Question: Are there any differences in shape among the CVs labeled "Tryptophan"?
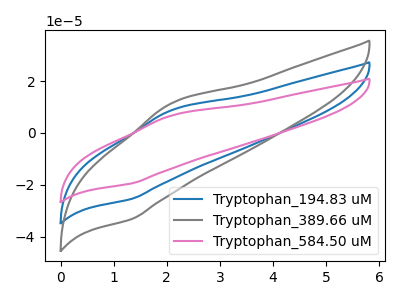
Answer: <think>The blue curve "Tryptophan_194.83 uM" has an anodic peak at (2.10V, 8.75uA) and a cathodic peak at (1.35V, -25.40uA). The gray curve "Tryptophan_389.66 uM" has an anodic peak at (2.10V, 11.40uA) and a cathodic peak at (1.35V, -33.20uA). The pink curve "Tryptophan_584.50 uM" has an anodic peak at (2.10V, 17.50uA) and a cathodic peak at (1.35V, -50.85uA).
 All the peaks in "Tryptophan_194.83 uM" have a peak in "Tryptophan_389.66 uM" at the same potential. Every peak in "Tryptophan_194.83 uM" is lower than every peak in "Tryptophan_389.66 uM". All the peaks in "Tryptophan_194.83 uM" have a peak in "Tryptophan_584.50 uM" at the same potential. Every peak in "Tryptophan_194.83 uM" is lower than every peak in "Tryptophan_584.50 uM". All the peaks in "Tryptophan_389.66 uM" have a peak in "Tryptophan_584.50 uM" at the same potential. Every peak in "Tryptophan_389.66 uM" is lower than every peak in "Tryptophan_584.50 uM".</think>
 <answer>All the CV's of "Tryptophan" have similar shape.</answer>
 <eval>follow_rule</eval>